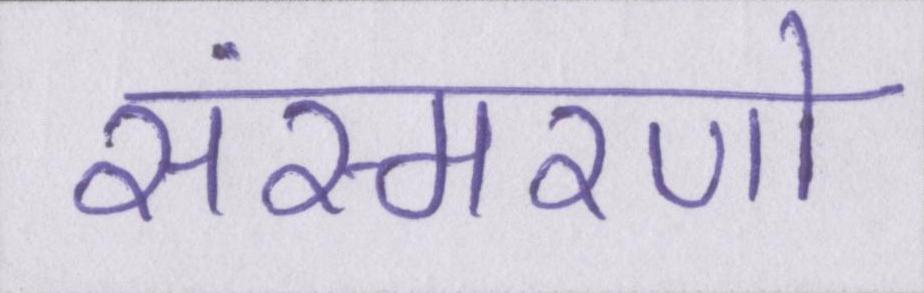
संस्मरणो